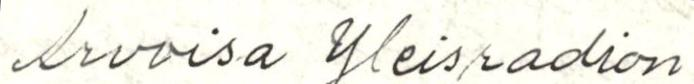
Arvoisa Yleisradion